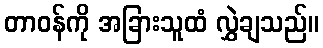
တာဝန်ကို အခြားသူထံ လွှဲချသည်။